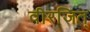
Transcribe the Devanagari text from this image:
वीरजित्